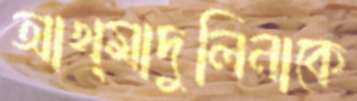
আখ্মাদুলিনাকে